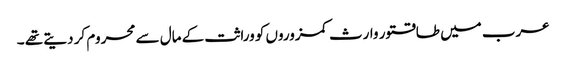
عرب میں طاقتور وارث کمزوروں کو وراثت کے مال سے محروم کر دیتے تھے ۔